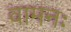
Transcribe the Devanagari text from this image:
वामनः